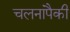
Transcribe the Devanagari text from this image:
चलनांपैकी